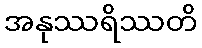
အနုဿရိဿတိ